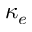
\kappa _ { e }